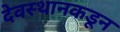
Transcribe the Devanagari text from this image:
देवस्थानकडून